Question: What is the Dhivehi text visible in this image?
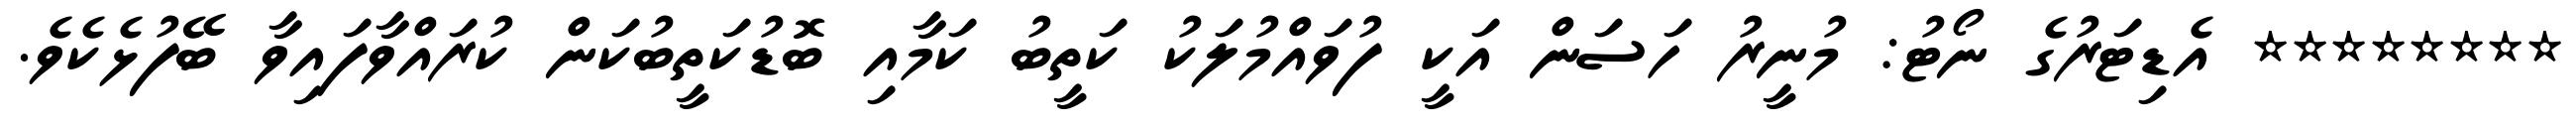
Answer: ******** އެޑިޓަރުގެ ނޯޓު: މުނީރު ހަސަން އަކީ ފުވައްމުލަކު ކަތީބު ކަމާއި ބޮޑުކަތީބުކަން ކުރައްވާފައިވާ ބޭފުޅެކެވެ.